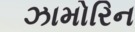
ઝામોરિન